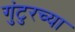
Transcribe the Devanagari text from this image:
गुंटुरच्या